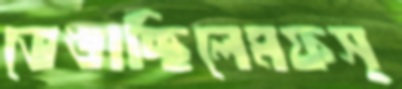
ভেঙাচ্ছিলেমফস্‌